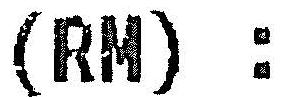
(RM) :